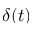
\delta ( t )